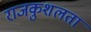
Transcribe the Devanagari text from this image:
राजकुशलता